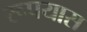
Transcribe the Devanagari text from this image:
रूपयास